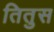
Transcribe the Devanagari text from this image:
तितुस